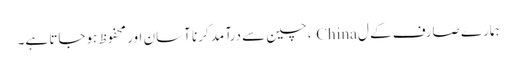
ہمارے صارف کے ل China ، چین سے درآمد کرنا آسان اور محفوظ ہوجاتا ہے۔